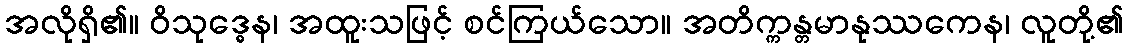
အလိုရှိ၏။ ဝိသုဒ္ဓေန၊ အထူးသဖြင့် စင်ကြယ်သော။ အတိက္ကန္တမာနုဿကေန၊ လူတို့၏